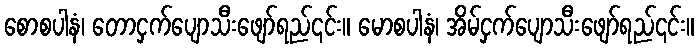
စောစပါနံ၊ တောငှက်ပျောသီးဖျော်ရည်၎င်း။ မောစပါနံ၊ အိမ်ငှက်ပျောသီးဖျော်ရည်၎င်း။